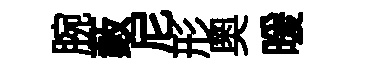
腕藪尼形奥暖